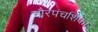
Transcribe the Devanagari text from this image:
चौरपंचशिका